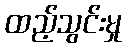
ထည့်သွင်းမှု